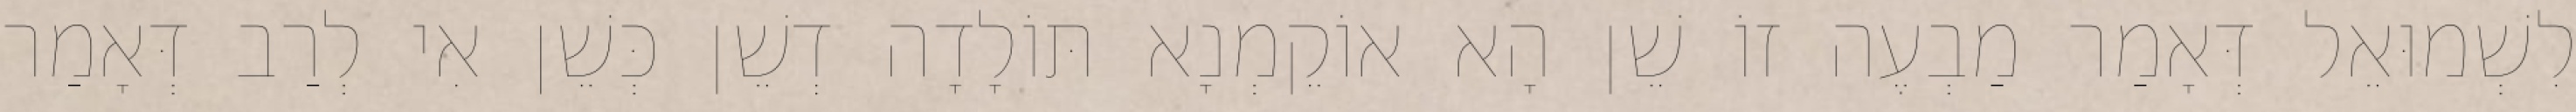
לִשְׁמוּאֵל דְּאָמַר מַבְעֶה זוֹ שֵׁן הָא אוֹקֵמְנָא תּוֹלָדָה דְשֵׁן כְּשֵׁן אִי לְרַב דְּאָמַר